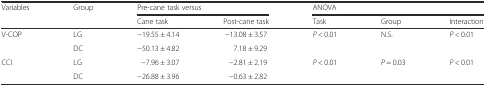
<table><thead><tr><td rowspan="2"><b>Variables</b></td><td rowspan="2"><b>Group</b></td><td colspan="2"><b>Pre-cane task versus</b></td><td colspan="3"><b>ANOVA</b></td></tr><tr><td><b>Cane task</b></td><td><b>Post-cane task</b></td><td><b>Task</b></td><td><b>Group</b></td><td><b>Interaction</b></td></tr></thead><tbody><tr><td rowspan="2">V-COP</td><td>LG</td><td>−19.55 ± 4.14</td><td>−13.08 ± 3.57</td><td rowspan="2"><i>P</i> &lt; 0.01</td><td rowspan="2">N.S.</td><td rowspan="2"><i>P</i> &lt; 0.01</td></tr><tr><td>DC</td><td>−50.13 ± 4.82</td><td>7.18 ± 9.29</td></tr><tr><td rowspan="2">CCI</td><td>LG</td><td>−7.96 ± 3.07</td><td>−2.81 ± 2.19</td><td rowspan="2"><i>P</i> &lt; 0.01</td><td rowspan="2"><i>P</i> = 0.03</td><td rowspan="2"><i>P</i> &lt; 0.01</td></tr><tr><td>DC</td><td>−26.88 ± 3.96</td><td>−0.63 ± 2.82</td></tr></tbody></table>